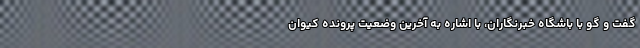
گفت و گو با باشگاه خبرنگاران، با اشاره به آخرین وضعیت پرونده کیوان